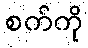
စက်ကို